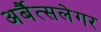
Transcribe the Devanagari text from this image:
अर्बैत्सलेगर